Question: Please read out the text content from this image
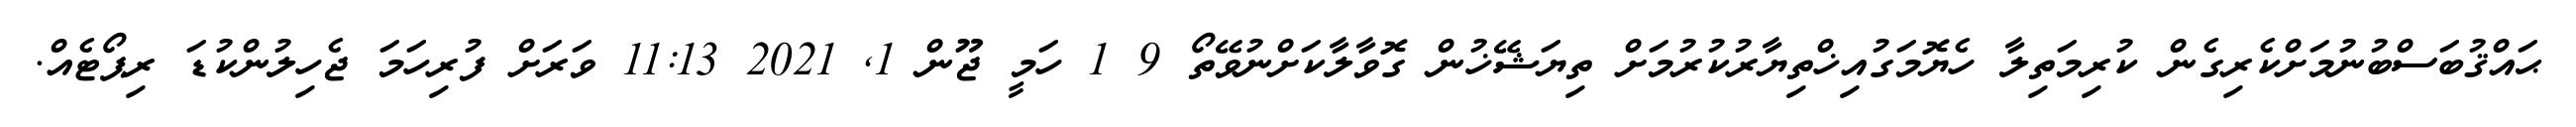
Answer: ޙައްޤުބަސްބުނުމަށްކެރިގެން ކުރިމަތިލާ ހެޔޮމަގުއިޚްތިޔާރުކުރުމަށް ތިޔަޝޭޚުން ގޮވާލާކަށްނުވޭތޯ 9 1 ހަމީ ޖޫން 1, 2021 11:13 ވަރަށް ފުރިހަމަ ޖެހިލުންކުޑަ ރިޕޯޓެއް.